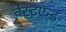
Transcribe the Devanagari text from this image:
वेस्टएन्ड